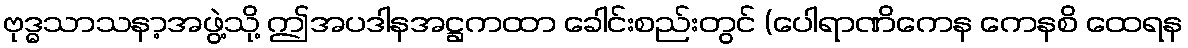
ဗုဒ္ဓသာသနာ့အဖွဲ့သို့ ဤအပဒါနအဋ္ဌကထာ ခေါင်းစည်းတွင် (ပေါရာဏိကေန ကေနစိ ထေရန